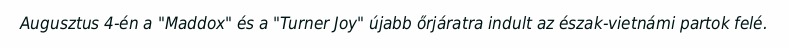
Augusztus 4-én a "Maddox" és a "Turner Joy" újabb őrjáratra indult az észak-vietnámi partok felé.